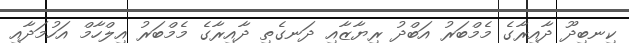
ކިނބިދޫ ދާއިރާގެ މެމްބަރު އަބްދު ރިޔާޒާއި ދަނގެތި ދާއިރާގެ މެމްބަރު އިލްހާމް އަހުމަދާއި